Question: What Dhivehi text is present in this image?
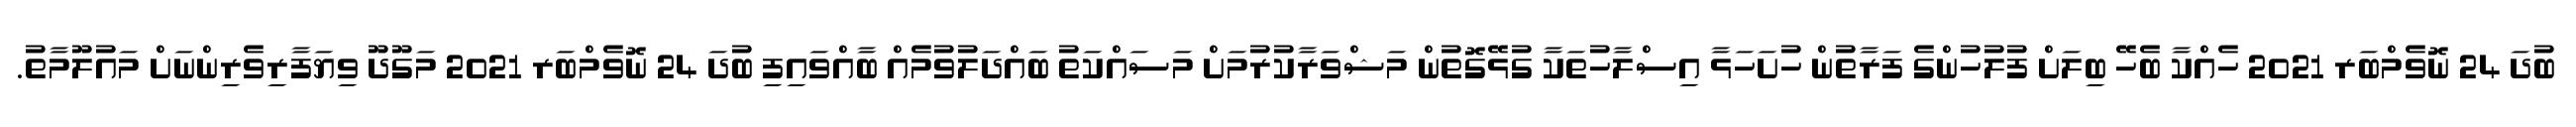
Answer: ބުދަ 24 ނޮވެމްބަރ 2021 ހެއްކާ ބެހޭ ބިލަށް ފުލުހުންގެ ފަރާތުން ހުށަހަޅާ އިސްލާހުތަކާ ގުޅޭގޮތުން މަޝްވަރާކުރުމަށް މަސައްކަތު ބައްދަލުވުމެއް ބާއްވައިފި ބުދަ 24 ނޮވެމްބަރ 2021 މަގޫދޫ ވިޔަފާރިވެރިންނަށް މައުލޫމާތު.